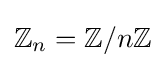
\mathbb {Z} _{n}=\mathbb {Z} /n\mathbb {Z}